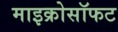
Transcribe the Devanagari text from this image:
माइक्रोसॉफट